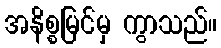
အနိစ္စမြင်မှ ကွာသည်။